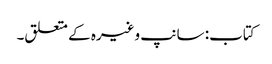
کتاب: سانپ وغیرہ کے متعلق۔